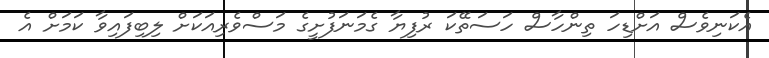
އެކަނިވެސް އަށްޑިހަ ތިންހާސް ހަސަތޭކަ ރުފިޔާ ގެމަނަފުށީގެ މަސްވެރިއަކަށް ލިބިފައިވާ ކަމަށް އެ